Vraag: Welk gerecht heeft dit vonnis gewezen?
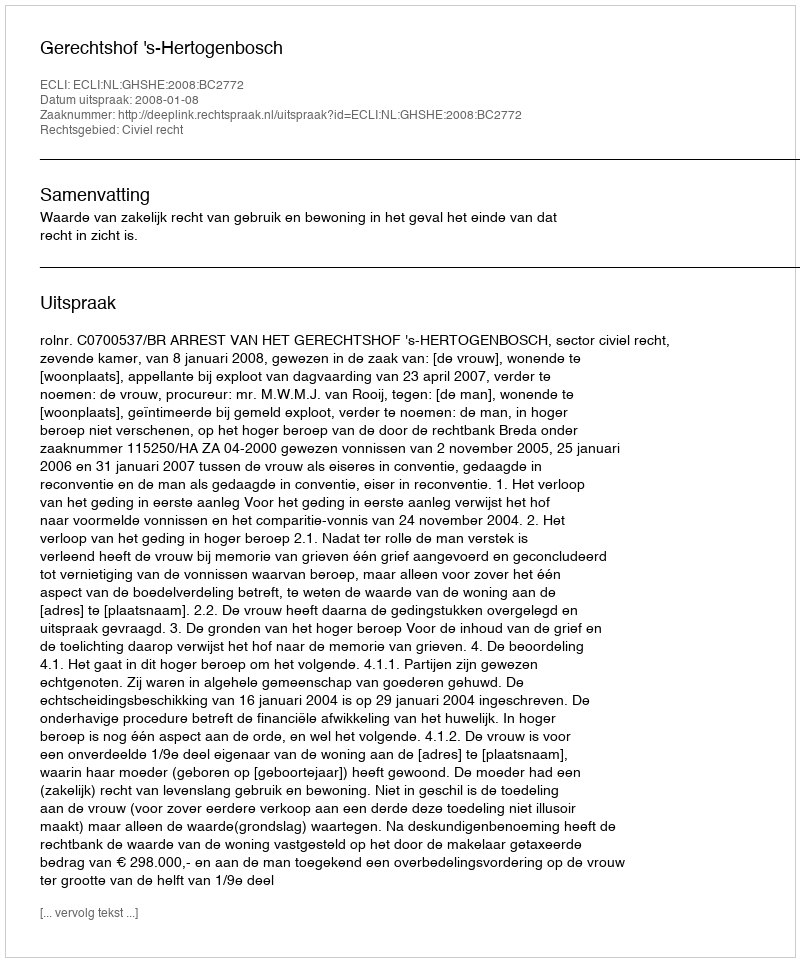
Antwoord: Gerechtshof 's-Hertogenbosch